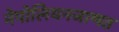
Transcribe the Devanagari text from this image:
नेपोलियनजाणत